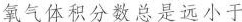
氧气体积分数总是远小于